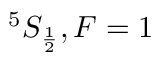
^ { 5 } S _ { \frac { 1 } { 2 } } , F = 1